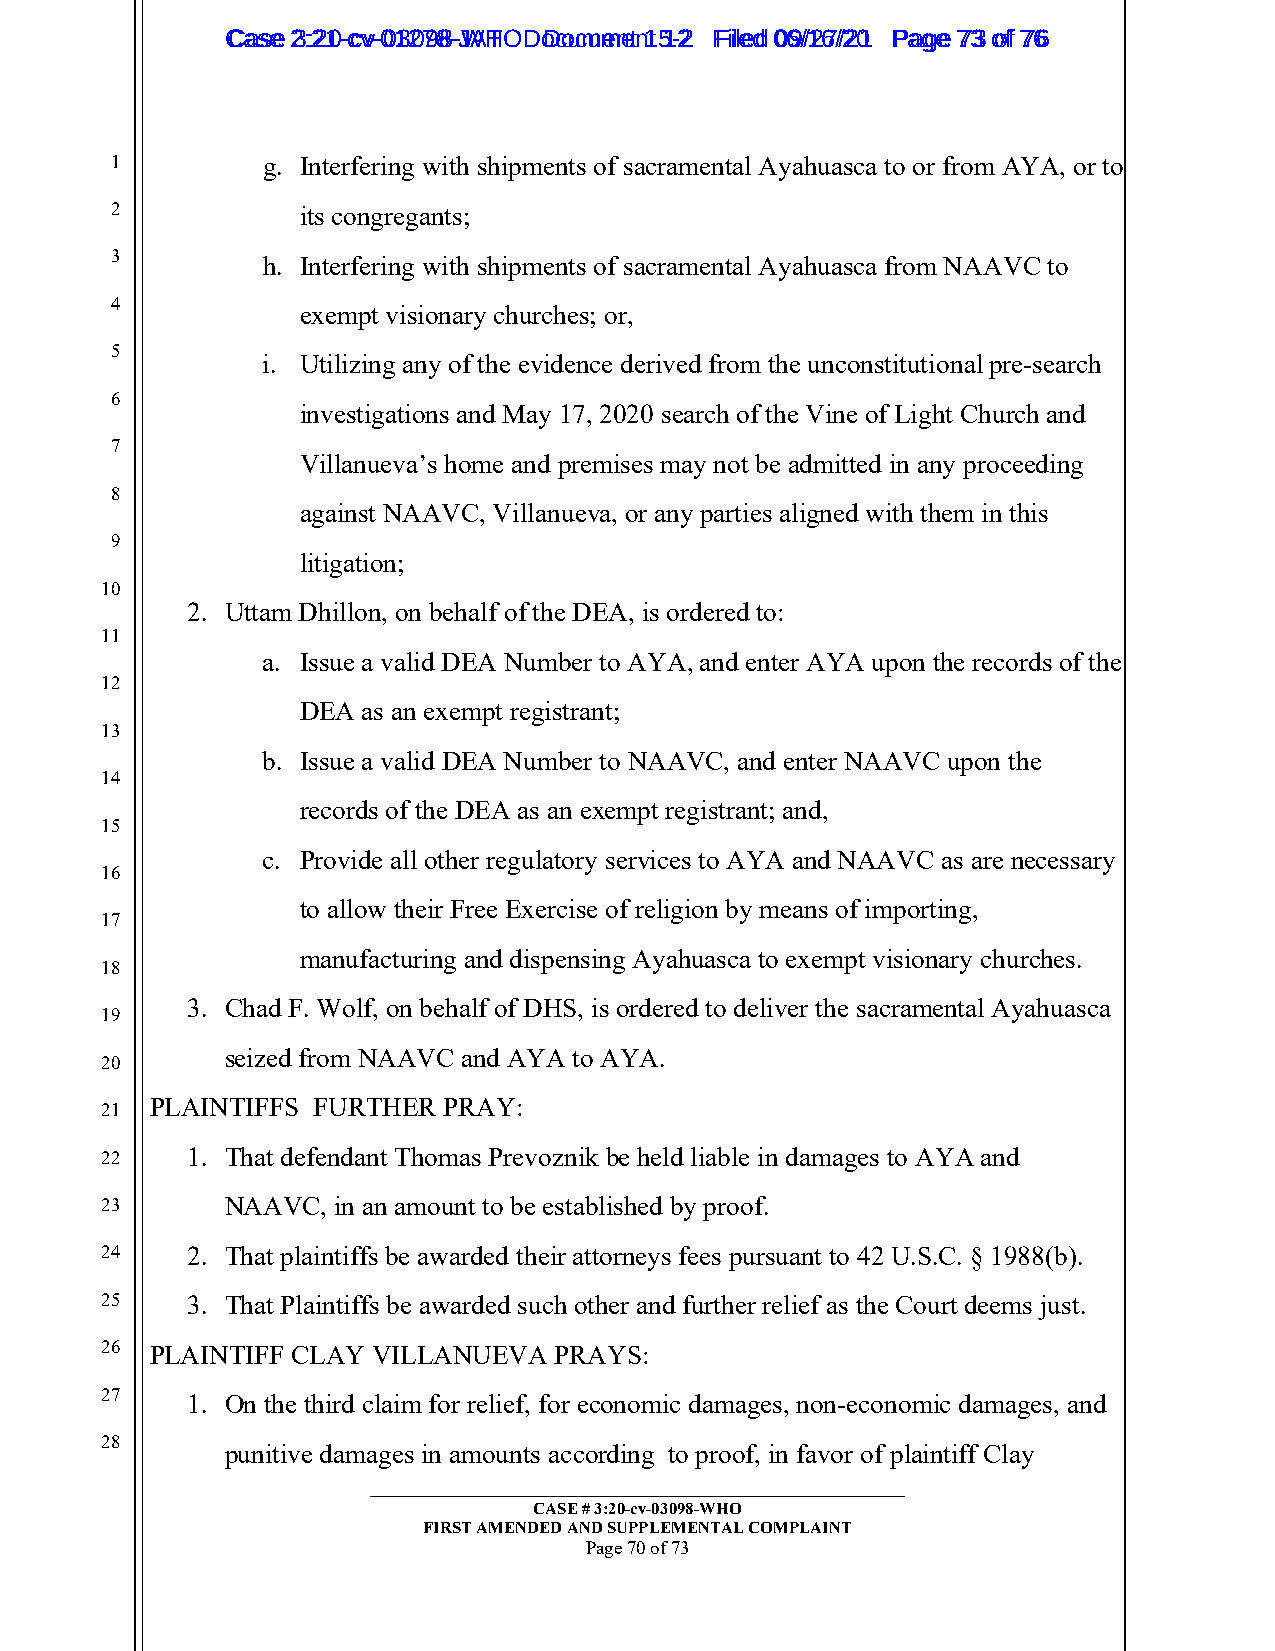
CCaassee 23::2210--ccvv--0013207988--JWAHT O D oDcoucmumenetn 1t 51-22 FFiilleedd 0069//1267//2201 PPaaggee 7733 ooff 7766
 1         g. Interfering with shipments of sacramental Ayahuasca to or from AYA, or to
 2            its congregants;
 3         h. Interfering with shipments of sacramental Ayahuasca from NAAVC to
 4
 exempt visionary churches; or,
 5
 i. Utilizing any of the evidence derived from the unconstitutional pre-search
 6
 investigations and May 17, 2020 search of the Vine of Light Church and
 7
 Villanueva’s home and premises may not be admitted in any proceeding
 8
 against NAAVC, Villanueva, or any parties aligned with them in this
 9
 litigation;
 10
 2. Uttam Dhillon, on behalf of the DEA, is ordered to:
 11
 a. Issue a valid DEA Number to AYA, and enter AYA upon the records of the
 12
 DEA as an exempt registrant;
 13
 b. Issue a valid DEA Number to NAAVC, and enter NAAVC upon the
 14
 records of the DEA as an exempt registrant; and,
 15
 c. Provide all other regulatory services to AYA and NAAVC as are necessary
 16
 to allow their Free Exercise of religion by means of importing,
 17
 manufacturing and dispensing Ayahuasca to exempt visionary churches.
 18
 3. Chad F. Wolf, on behalf of DHS, is ordered to deliver the sacramental Ayahuasca
 19
 seized from NAAVC and AYA to AYA.
 20
 PLAINTIFFS FURTHER PRAY:
 21
 22   1. That defendant Thomas Prevoznik be held liable in damages to AYA and
 23      NAAVC, in an amount to be established by proof.
 24   2. That plaintiffs be awarded their attorneys fees pursuant to 42 U.S.C. § 1988(b).
 25   3. That Plaintiffs be awarded such other and further relief as the Court deems just.
 26 PLAINTIFF CLAY VILLANUEVA  PRAYS:
 27   1. On the third claim for relief, for economic damages, non-economic damages, and
 28
 punitive damages in amounts according to proof, in favor of plaintiff Clay
 _________________________________________________________
 CASE # 3:20-cv-03098-WHO
 FIRST AMENDED AND SUPPLEMENTAL COMPLAINT
 Page 70 of 73